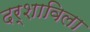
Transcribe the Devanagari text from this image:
दर्शाविला